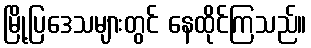
မြို့ပြဒေသများတွင် နေထိုင်ကြသည်။